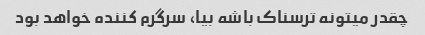
چقدر میتونه ترسناک باشه بیا، سرگرم کننده خواهد بود